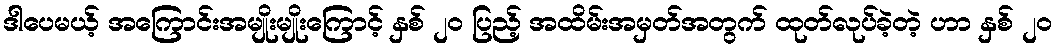
ဒါပေမယ့် အကြောင်းအမျိုးမျိုးကြောင့် နှစ် ၂၀ ပြည့် အထိမ်းအမှတ်အတွက် ထုတ်လုပ်ခဲ့တဲ့ ဟာ နှစ် ၂၀